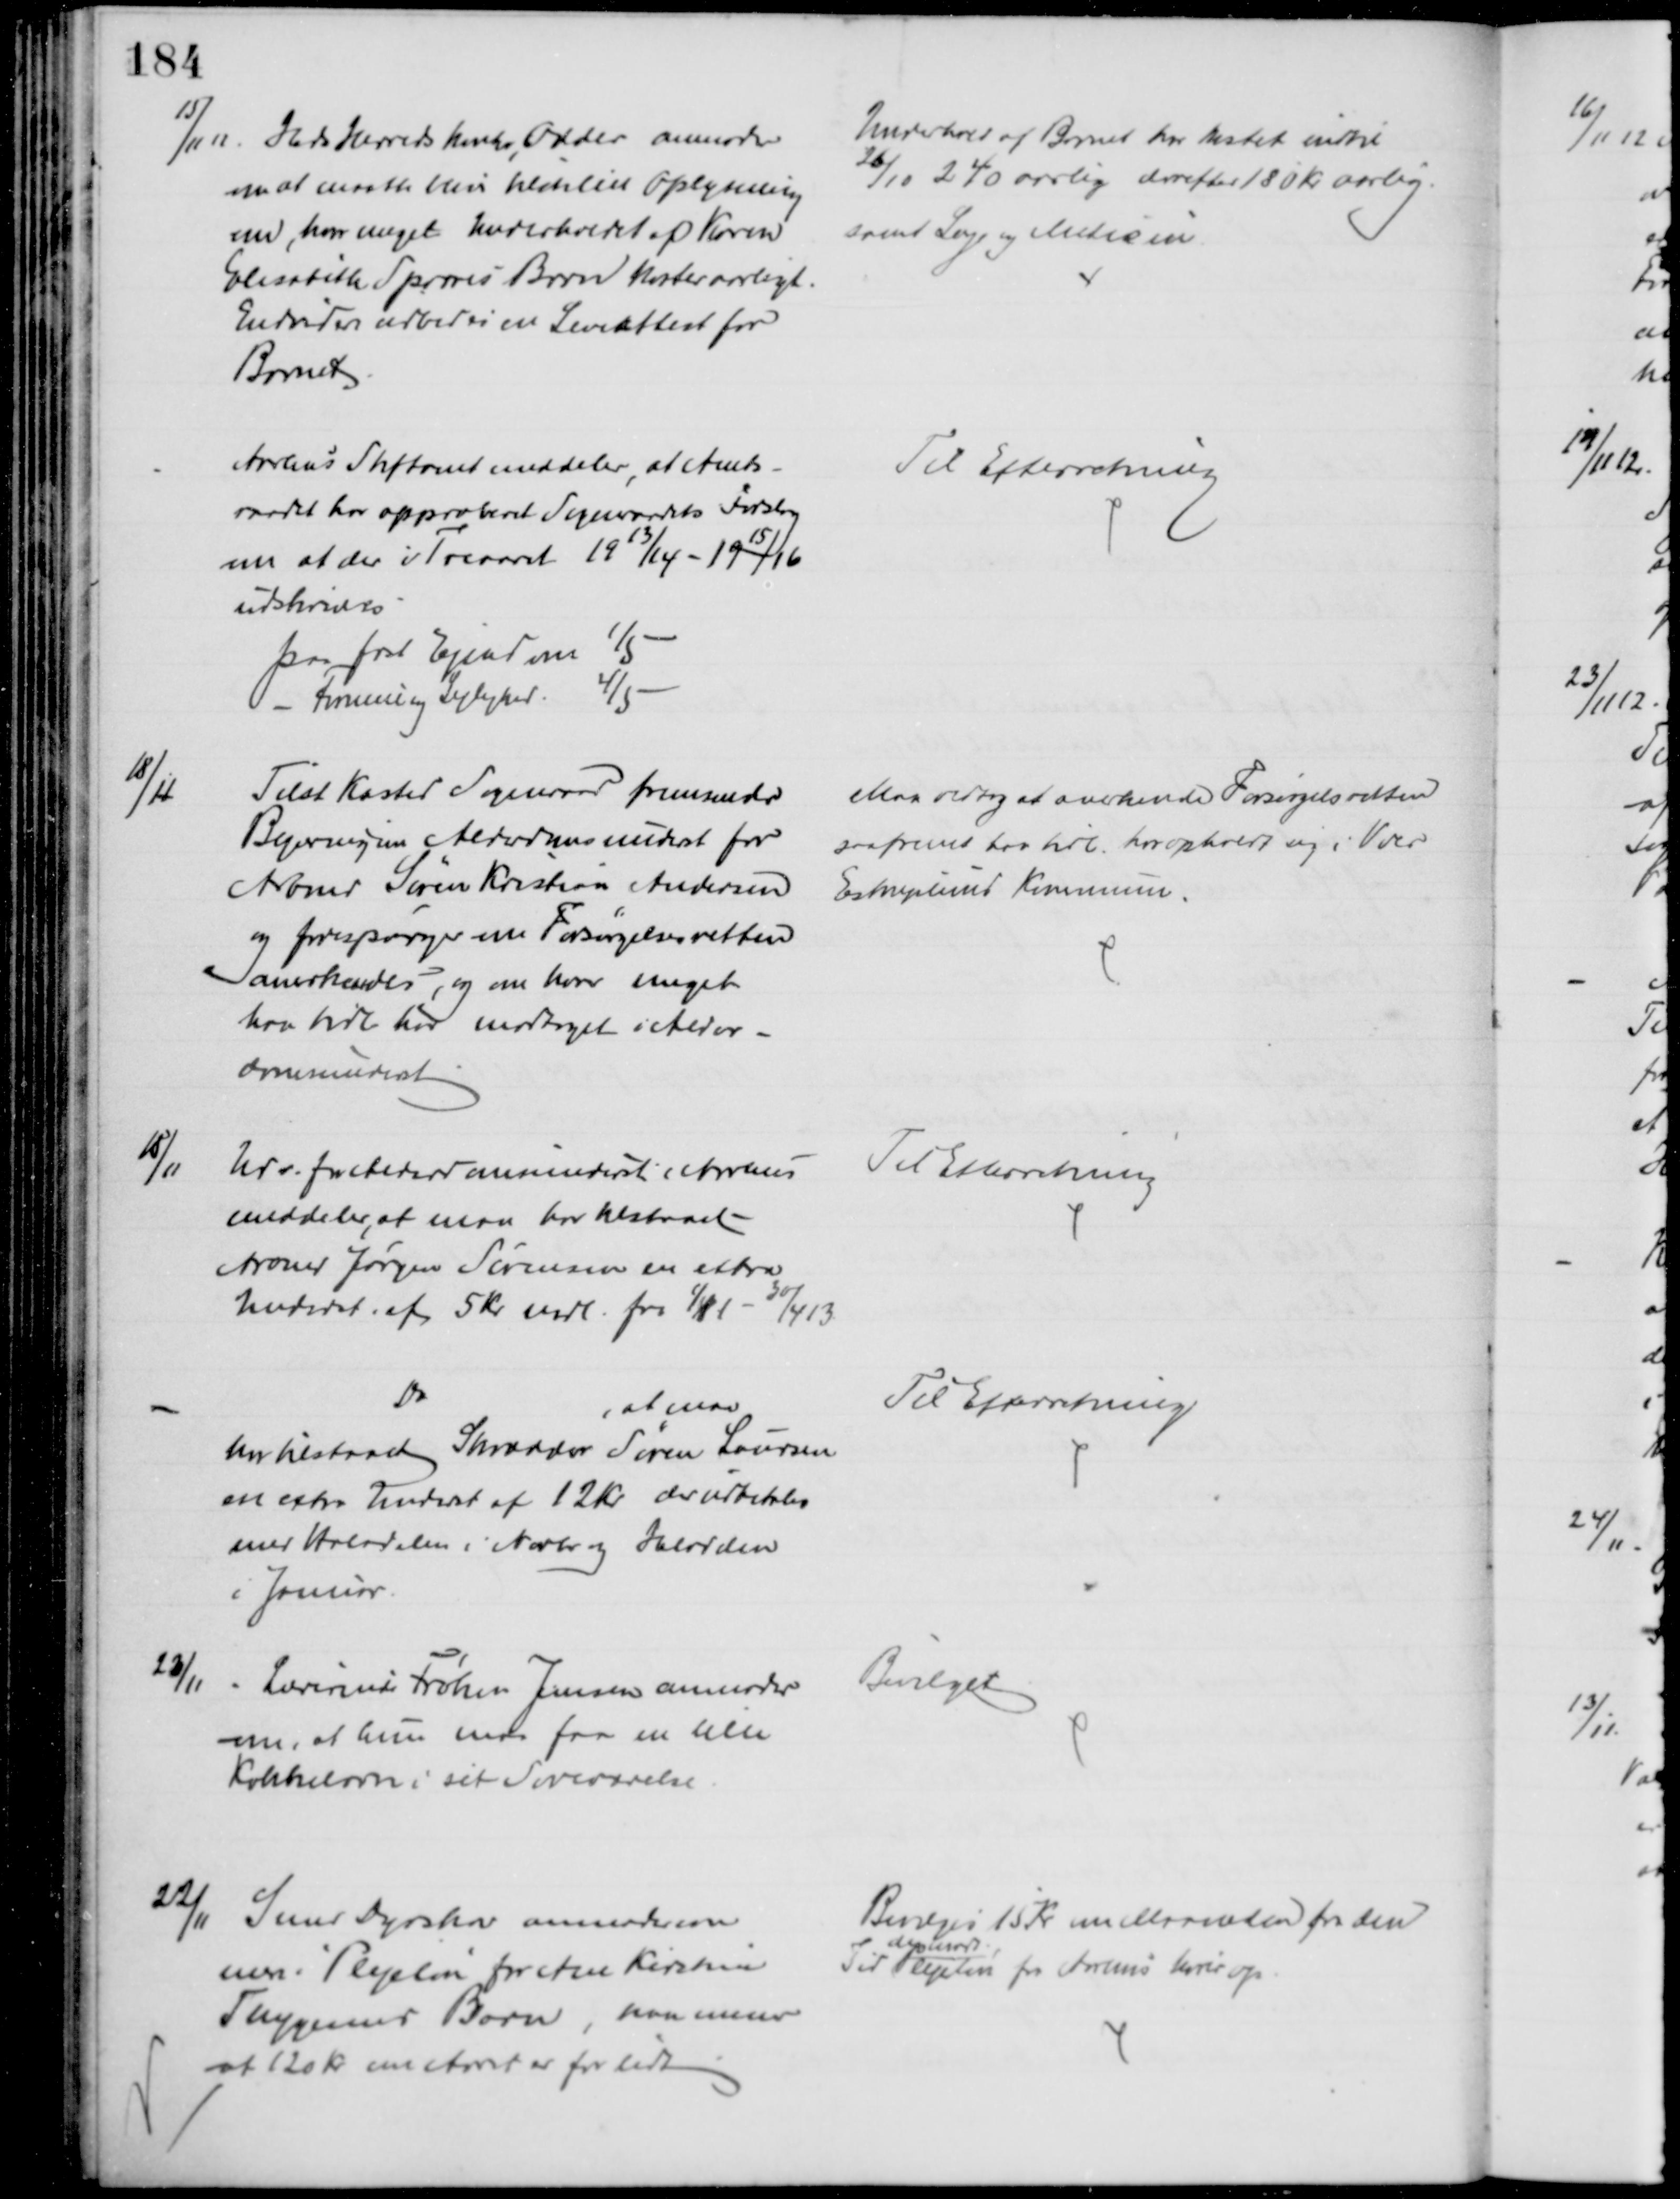
Transskription:
15/11 12. Hads Herredskontor, Odder anmoder
om at maatte blive tilstillet Oplysning
om, hvor meget Underholdet af Karen
Elisabeth Sparres Barn koster aarligt.
Endvidere udbedes en Leveattest for
Barnet
Underhold af Barnet har kostet indtil 
26/10 240 aarlig derefter 180 Kr aarlig.
samt Læge og Medicin
Aarhus Stiftamt meddeler at Amts-
raadet har approberet Sogneraadets Forslag
om at der i Treaaret 1913/14 - 1915/16
udskrives
paa fast Ejendom 1/5
Formue og Lejlighed 4/5
Til Efterretning
18/11
Tilst Kasted Sogneraad fremsender
Begæring om Alderdomsunderst for
Arbmd Søren Kristian Andersen
og forespørger om Forsørgelsesretten
anerkendes, og om hvor meget
har tidl har modtaget i Alder-
domsunderst
Man vedtog at anerkende Forsørgelsesretten
saafremt han tidl. har opholdt sig i Voer
Estruplund Kommune.
18/11
Udv. for Alderdomsunderst i Aarhus
meddeler, at man har tilstaaet
Arbmd Jørgen Sørensen en extra
Underst. af 5 Kr mdl. fra 1/11 - 30/4 13
Til Efterretning
Do
, at man
har tilstaaet Skrædder Søren Laursen
en extra Underst af 12 Kr der udbetales
med Halvdelen i Novbr og Halvdelen
i Januar.
Til Efterretning
23/11
Lærerinde Frøken Jensen anmoder
om, at hun maa faa en lille
Kakkelovn i sit Soveværelse.
Bevilget
22/11
Smed Dyrskov anmoder om
mere i Plejeløn for Ane Kirstine
Thygesens Barn, han mener
at 120 Kr om Aaret er for lidt
Bevilges 15 Kr om Maaneden fra den
Tid 
den modt.
Plejeløn fra Aarhus hører op